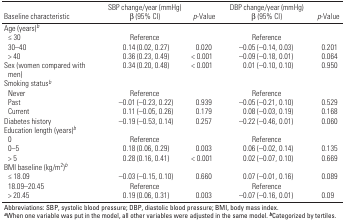
<table><thead><tr><td><b>Baseline characteristic</b></td><td><b>SBP change/year (mmHg) β (95% CI)</b></td><td><b><i>p</i>-Value</b></td><td><b>DBP change/year (mmHg) β (95% CI)</b></td><td><b><i>p</i>-Value</b></td></tr></thead><tbody><tr><td><b>Age (years)<sup><i>b</i></sup></b></td></tr><tr><td><b>≤ 30</b></td><td>Reference</td><td></td><td>Reference</td></tr><tr><td><b>30–40</b></td><td>0.14 (0.02, 0.27)</td><td>0.020</td><td>–0.05 (–0.14, 0.03)</td><td>0.201</td></tr><tr><td><b>&gt; 40</b></td><td>0.36 (0.23, 0.49)</td><td>&lt; 0.001</td><td>–0.09 (–0.18, 0.01)</td><td>0.064</td></tr><tr><td><b>Sex (women compared with men)</b></td><td>0.34 (0.20, 0.48)</td><td>&lt; 0.001</td><td>0.01 (–0.10, 0.10)</td><td>0.950</td></tr><tr><td><b>Smoking status<sup><i>b</i></sup></b></td></tr><tr><td><b>Never</b></td><td>Reference</td><td></td><td>Reference</td></tr><tr><td><b>Past</b></td><td>–0.01 (–0.23, 0.22)</td><td>0.939</td><td>–0.05 (–0.21, 0.10)</td><td>0.529</td></tr><tr><td><b>Current</b></td><td>0.11 (–0.05, 0.26)</td><td>0.179</td><td>0.08 (–0.03, 0.19)</td><td>0.168</td></tr><tr><td><b>Diabetes history</b></td><td>–0.19 (–0.53, 0.14)</td><td>0.257</td><td>–0.22 (–0.46, 0.01)</td><td>0.060</td></tr><tr><td><b>Education length (years)<sup><i>b</i></sup></b></td></tr><tr><td><b>0</b></td><td>Reference</td><td></td><td>Reference</td></tr><tr><td><b>0–5</b></td><td>0.18 (0.06, 0.29)</td><td>0.003</td><td>0.06 (–0.02, 0.14)</td><td>0.135</td></tr><tr><td><b>&gt; 5</b></td><td>0.28 (0.16, 0.41)</td><td>&lt; 0.001</td><td>0.02 (–0.07, 0.10)</td><td>0.669</td></tr><tr><td><b>BMI baseline (kg/m<sup>2</sup>)<sup><i>b</i></sup></b></td></tr><tr><td><b>≤ 18.09</b></td><td>–0.03 (–0.15, 0.10)</td><td>0.660</td><td>0.07 (–0.01, 0.16)</td><td>0.089</td></tr><tr><td><b>18.09–20.45</b></td><td>Reference</td><td></td><td>Reference</td></tr><tr><td><b>&gt; 20.45</b></td><td>0.19 (0.06, 0.31)</td><td>0.003</td><td>–0.07 (–0.16, 0.01)</td><td>0.09</td></tr><tr><td colspan="5">Abbreviations: SBP, systolic blood pressure; DBP, diastolic blood pressure; BMI, body mass index.<sup><i><b>a</b></i></sup>When one variable was put in the model, all other variables were adjusted in the same model. <sup><i><b>b</b></i></sup>Categorized by tertiles. </td></tr></tbody></table>